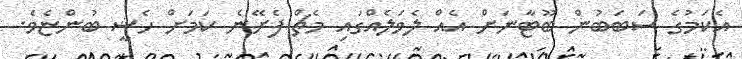
އެކަމުގެ ސަބަބުން ބޫޓާނަށް އެއް ލެވަލެއްގައި މެޗް ފެށޭނެ ކަމަށް ހެޝީ ބުންޏެވެ.